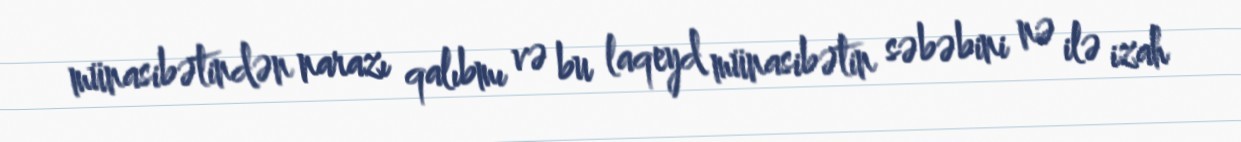
münasibətindən narazı qalıbmı və bu laqeyd münasibətin səbəbini nə ilə izah